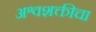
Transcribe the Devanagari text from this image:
अश्वशक्तीचा